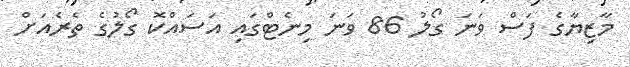
މާޒިޔާގެ ފަސް ވަނަ ގޯލު 86 ވަނަ މިނެޓްގައި އަސައްކޮ ގޯލުގެ ތެރެއަށް